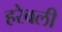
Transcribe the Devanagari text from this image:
हरेवली